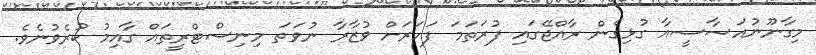
މިގާނޫނުއަސާސީއާ ގުޅިގެން ރާއްޖޭގައި ފުރަތަމަ ފަހަރަށް ވުޒާރާ ނުވަތަ މިނިސްޓްރީތައް ގާއިމު ކުރެވުނެވެ.